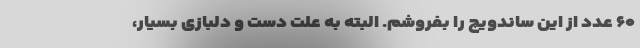
۶۰ عدد از این ساندویچ را بفروشم. البته به علت دست و دلبازی بسیار،